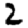
Digit: 2